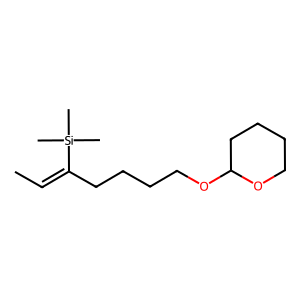
SMILES: CC=C(CCCCOC1CCCCO1)[Si](C)(C)C
Inhibits HIV replication: No